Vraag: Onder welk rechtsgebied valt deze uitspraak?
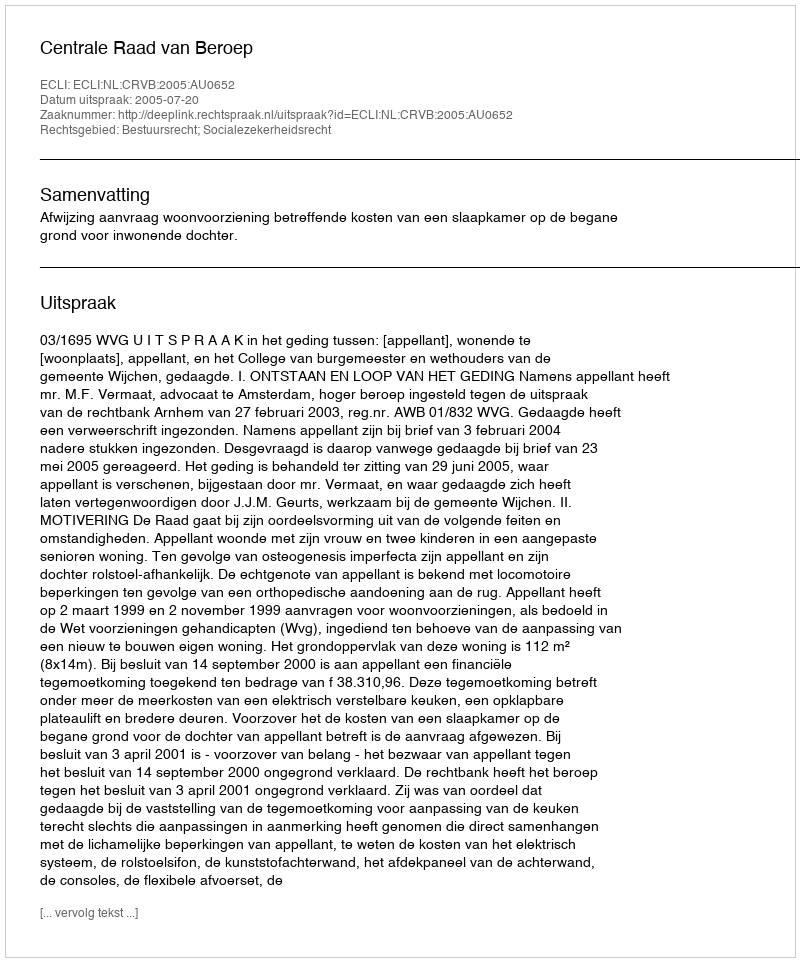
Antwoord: Bestuursrecht; Socialezekerheidsrecht